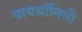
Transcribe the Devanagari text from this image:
पायथॉनिनी